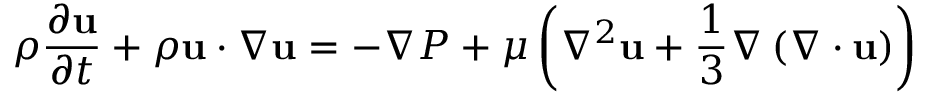
\rho { \frac { \partial \mathbf { u } } { \partial t } } + \rho \mathbf { u } \cdot \nabla \mathbf { u } = - \nabla P + \mu \left( \nabla ^ { 2 } \mathbf { u } + { \frac { 1 } { 3 } } \nabla \left( \nabla \cdot \mathbf { u } \right) \right)